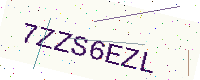
Text: 7ZZS6EZL